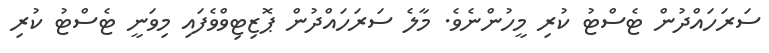
ސަރަހައްދުން ޓެސްޓު ކުރި މީހުންނެވެ. މާލެ ސަރަހައްދުން ޕޮޒިޓިވްވެފައި މިވަނީ ޓެސްޓު ކުރި